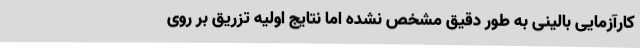
کارآزمایی بالینی به طور دقیق مشخص نشده اما نتایج اولیه تزریق بر روی